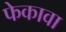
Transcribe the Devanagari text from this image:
फेकावा